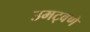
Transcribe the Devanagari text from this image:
उमट्वणे